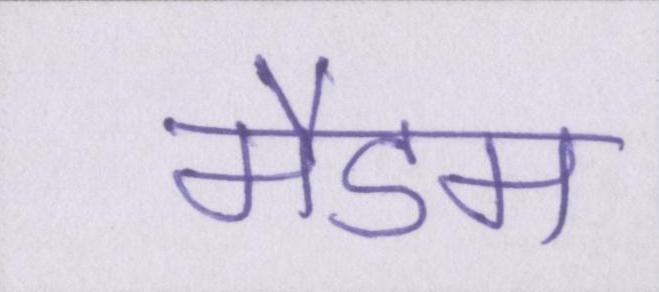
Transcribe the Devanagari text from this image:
मैडम